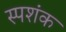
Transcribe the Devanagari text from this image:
स्पशंक